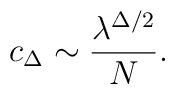
c_\Delta \sim  \frac{\lambda^{\Delta/2}}{N}.